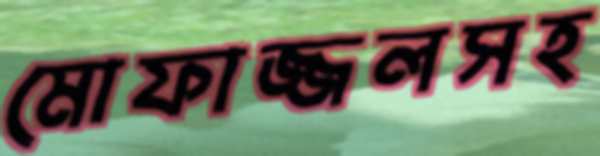
মোফাজ্জলসহ